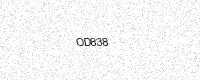
Text: OD838